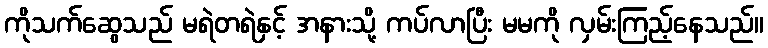
ကိုသက်ဆွေသည် မရဲတရဲနှင့် အနားသို့ ကပ်လာပြီး မမကို လှမ်းကြည့်နေသည်။